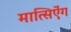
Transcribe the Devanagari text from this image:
मात्सिऐंग